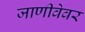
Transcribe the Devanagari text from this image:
जाणीवेवर